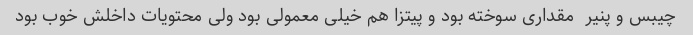
چیبس و پنیر  مقداری سوخته بود و پیتزا هم خیلی معمولی بود ولی محتویات داخلش خوب بود